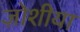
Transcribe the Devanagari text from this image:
ज़ोशीया